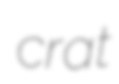
crat